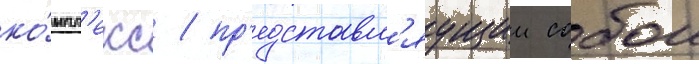
ко́мпл'екс / пр'едставл'яущии собои